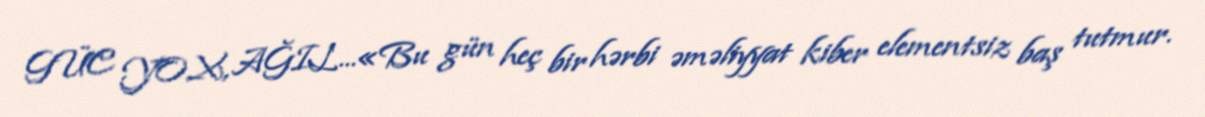
GÜC YOX, AĞIL...«Bu gün heç bir hərbi əməliyyat kiber elementsiz baş tutmur.